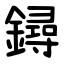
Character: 鐞